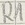
Text: R1